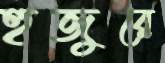
হুজুরে